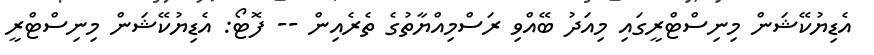
އެޑިޔުކޭޝަން މިނިސްޓްރީގައި މިއަދު ބޭއްވި ރަސްމިއްޔާތުގެ ތެރެއިން -- ފޮޓޯ: އެޑިޔުކޭޝަން މިނިސްޓްރީ